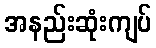
အနည်းဆုံးကျပ်